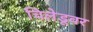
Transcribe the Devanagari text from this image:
चिलेडूवर